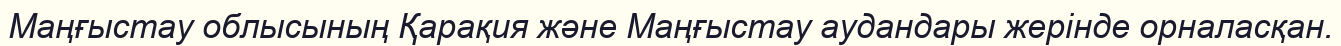
Маңғыстау облысының Қарақия және Маңғыстау аудандары жерінде орналасқан.